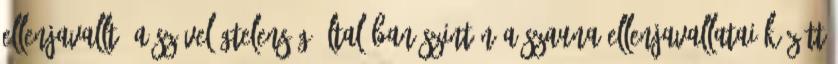
ellenjavallt. A szívelégtelenség általában szintén a szauna ellenjavallatai között